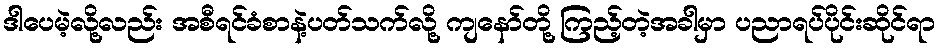
ဒါပေမဲ့လို့လည်း အစီရင်ခံစာနဲ့ပတ်သက်လို့ ကျနော်တို့ ကြည့်တဲ့အခါမှာ ပညာရပ်ပိုင်းဆိုင်ရာ